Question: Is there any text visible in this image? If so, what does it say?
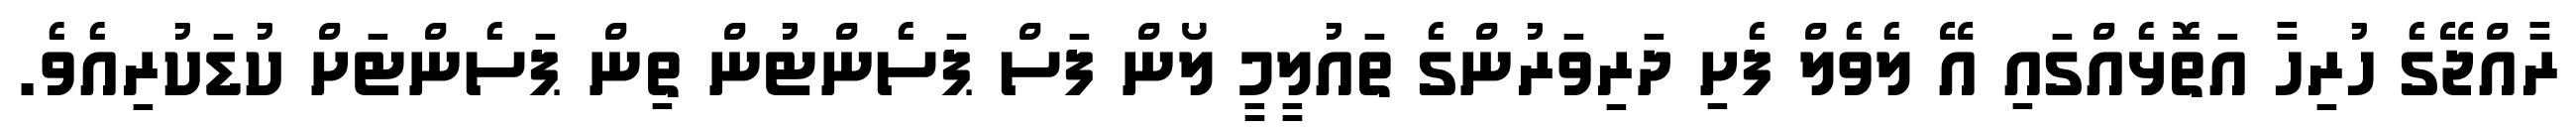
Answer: ރާއްޖޭގެ ހުރިހާ އަތޮޅެއްގައި އޭ ލެވެލް ފެށި ދަރިވަރުންގެ ތައުލީމީ ލޯން ފަސް ޕަސެންޓުން ތިން ޕަސެންޓަށް ކުޑަކުރިއެވެ.